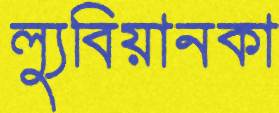
ল্যুবিয়ানকা